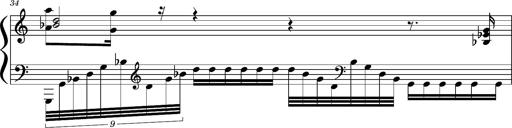
Title: Concerto sans orchestre, S.524a
Composer: Franz Liszt
Key: A major